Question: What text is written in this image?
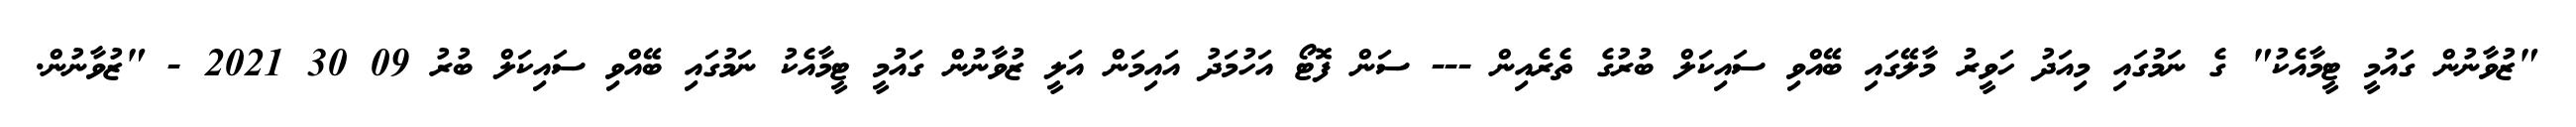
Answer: "ޒުވާނުން ގައުމީ ޓީމާއެކު" ގެ ނަމުގައި މިއަދު ހަވީރު މާލޭގައި ބޭއްވި ސައިކަލް ބުރުގެ ތެރެއިން --- ސަން ފޮޓޯ އަހުމަދު އައިމަން އަލީ ޒުވާނުން ގައުމީ ޓީމާއެކު ނަމުގައި ބޭއްވި ސައިކަލް ބުރު 09 30 2021 - "ޒުވާނުން.